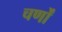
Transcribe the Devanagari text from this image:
चर्णों